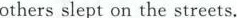
others slept on the streets